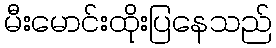
မီးမောင်းထိုးပြနေသည်